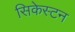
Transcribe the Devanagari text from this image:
सिकेस्टन